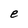
Character: e